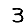
Digit: 3